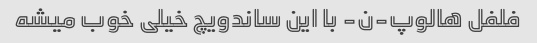
فلفل هالوپ-ن- با این ساندویچ خیلی خوب میشه